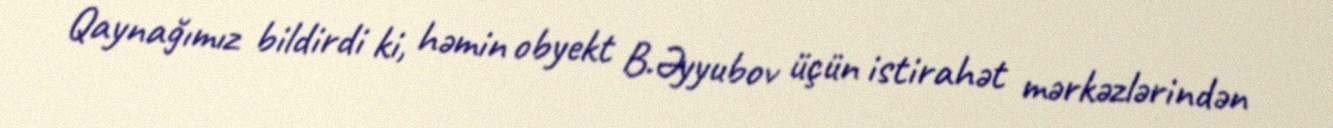
Qaynağımız bildirdi ki, həmin obyekt B.Əyyubov üçün istirahət mərkəzlərindən